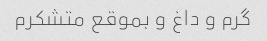
گرم و داغ و بموقع متشکرم